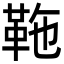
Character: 𩉻